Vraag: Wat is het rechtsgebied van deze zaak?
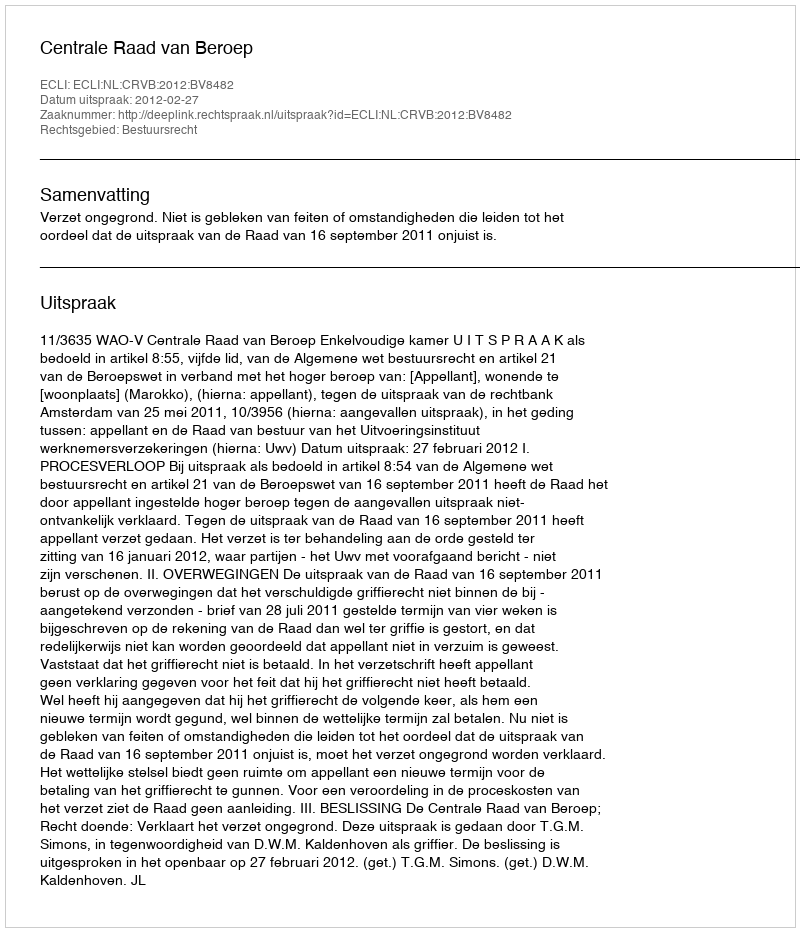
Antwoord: Bestuursrecht